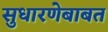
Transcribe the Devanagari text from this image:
सुधारणेबाबत